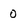
Character: 0